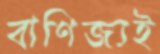
বাণিজ্যই